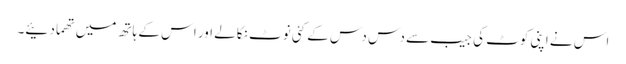
اس نے اپنی کوٹ کی جیب سے دس دس کے کئی نوٹ نکالے اور اس کے ہاتھ میں تھما دئیے۔